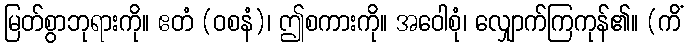
မြတ်စွာဘုရားကို။ ဧတံ (ဝစနံ)၊ ဤစကားကို။ အဝေါစုံ၊ လျှောက်ကြကုန်၏။ (ကိံ